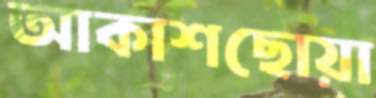
আকাশছোয়া